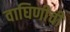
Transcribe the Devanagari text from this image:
वाघिणीची